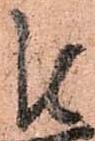
隆